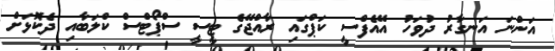
އަންނަ އަނގާރު ދުވަހު އޭއެފްސީ ކަޕްގައި ރާއްޖޭގެ ޓީސީ ސްޕޯޓްސް ކްލަބާއި ދެކޮޅަށް